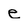
Character: e